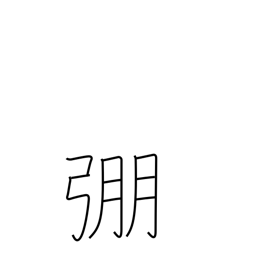
Meaning: strong bow